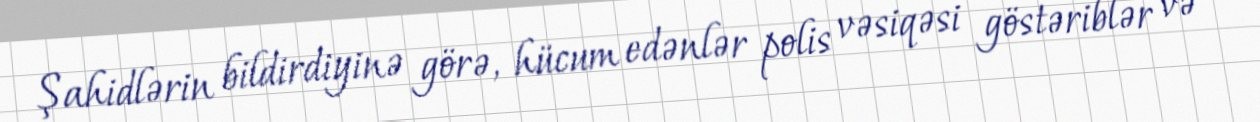
Şahidlərin bildirdiyinə görə, hücum edənlər polis vəsiqəsi göstəriblər və